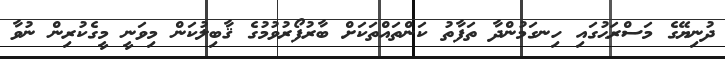
ދުނިޔޭގެ މަސްރަޙުގައި ހިނގަމުންދާ ތަފާތު ކަންތައްތަކަށް ބާރުފޯރުވުމުގެ ޤާބިލުކަން މިވަނީ މީގެކުރިން ނުވާ